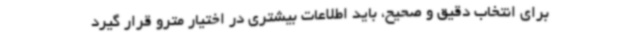
برای انتخاب دقیق و صحیح، باید اطلاعات بیشتری در اختیار مترو قرار گیرد